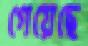
গেয়েছে